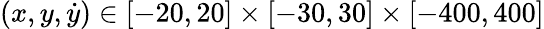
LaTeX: (x,y,\dot{y})\in[-20,20]\times[-30,30]\times[-400,400]